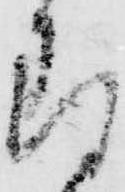
存